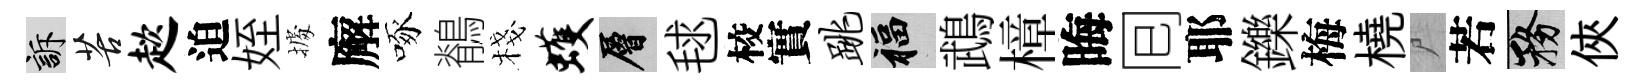
訴苦趑迫姪𢴃廨啄鶺棧蠖層毬校實跳福鵡樟晦囘耶鑠梅橈尸若務俠